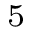
_ 5